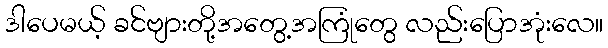
ဒါပေမယ့် ခင်ဗျားတို့အတွေ့အကြုံတွေ လည်းပြောအုံးလေ။